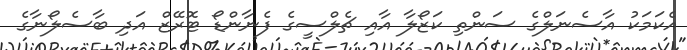
އެކަމަކު އާސެނަލްގެ ސަންތި ކަޒޯލާ އާއި ޗެލްސީގެ ފެނާންޑޯ ޓޮރޭޒް އަދި ބާސެލޯނާގެ